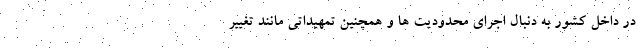
در داخل کشور به دنبال اجرای محدودیت ها و همچنین تمهیداتی مانند تغییر